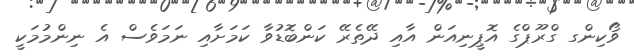
ވޯކިންގ ގްރޫޕްގެ އޮޕީނިއަން އާއި ދޭތެރޭ ކަންބޮޑުވާ ކަމަށާއި ނަމަވެސް އެ ނިންމުމަކީ